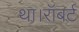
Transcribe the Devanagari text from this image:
था।रॉबर्ट